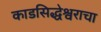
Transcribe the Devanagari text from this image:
काडसिद्धेश्वराचा